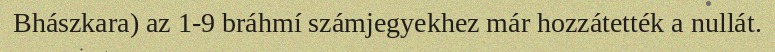
Bhászkara) az 1-9 bráhmí számjegyekhez már hozzátették a nullát.